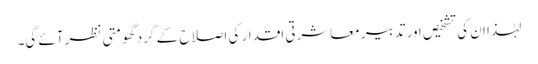
لہٰذا ان کی تشخیص اور تدبیر معاشرتی اقدار کی اصلاح کے گرد گھومتی نظر آئے گی۔